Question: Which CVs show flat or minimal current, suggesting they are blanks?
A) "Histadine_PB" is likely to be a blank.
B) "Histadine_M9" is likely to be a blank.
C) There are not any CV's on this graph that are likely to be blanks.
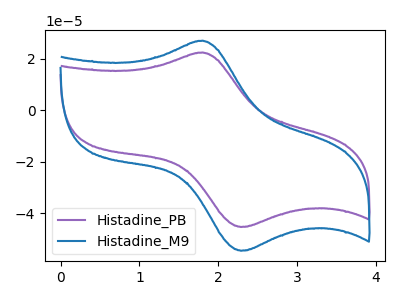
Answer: <think>The purple curve "Histadine_PB" has an anodic peak at (1.80V, 22.50uA) and a cathodic peak at (2.30V, -45.25uA). The blue curve "Histadine_M9" has an anodic peak at (1.80V, 27.10uA) and a cathodic peak at (2.30V, -54.50uA).</think>
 <answer>C) There are not any CV's on this graph that are likely to be blanks.</answer>
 <eval>C</eval>